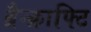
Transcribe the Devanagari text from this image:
ब्रैन्क्राफ्टि